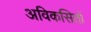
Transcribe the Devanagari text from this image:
अविकसितों